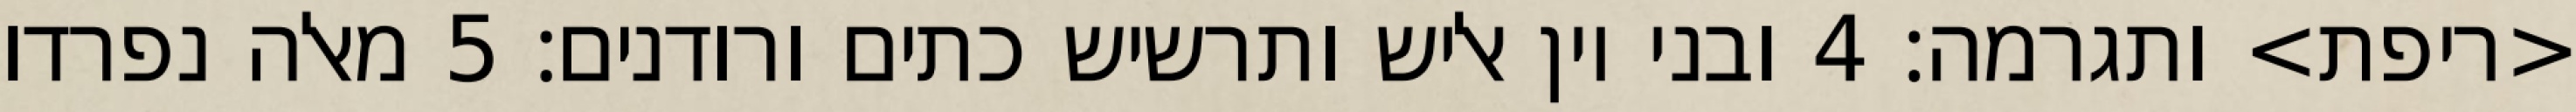
<ריפת> ותגרמה׃ ‎4‏ ובני יון אליש ותרשיש כתים ורודנים׃ ‎5‏ מאלה נפרדו